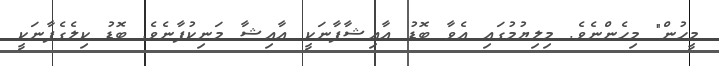
މީހުން" މިހެންނެވެ. މިލިޔުމުގައި އެވާ ބޮޑު ޢާއިޝާފާނަކީ ޢާއިޝާ މަނިކުފާނެވެ. ބޮޑު ކިލެގެފާނަކީ